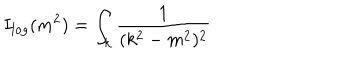
LaTeX: I _ { l o g } ( m ^ { 2 } ) = \int _ { k } \frac { 1 } { ( k ^ { 2 } - m ^ { 2 } ) ^ { 2 } }